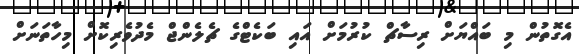
އެގޮތުން މި ބައްޔަށް ރިސާޗް ކުރުމަށް އައި ބަކެޓްގެ ޗެލެންޖް މެދުވެރިކޮށް މިހާތަނަށް